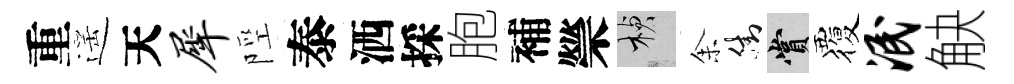
重遥天犀陘泰洒採胞補禜楨𪜬街賞覆泯觖